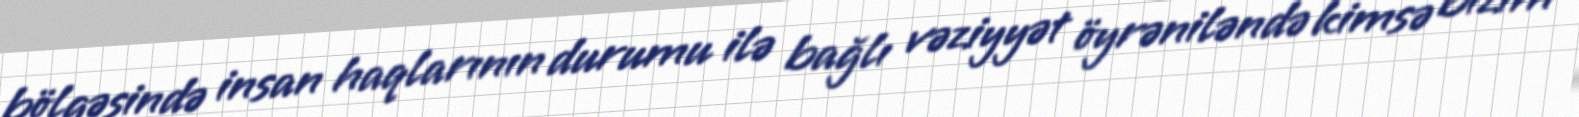
bölgəsində insan haqlarının durumu ilə bağlı vəziyyət öyrəniləndə kimsə bizim